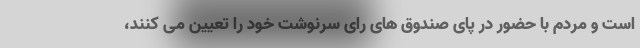
است و مردم با حضور در پای صندوق های رای سرنوشت خود را تعیین می کنند،